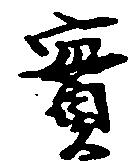
実